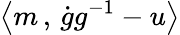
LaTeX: \left<m\, ,\, \dot{g}g^{-1}-u\right>